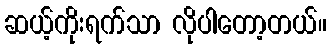
ဆယ့်ကိုးရက်သာ လိုပါတော့တယ်။